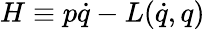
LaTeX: H\equiv p\dot{q}-L(\dot{q},q)